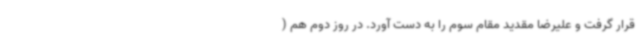
قرار گرفت و علیرضا مقدید مقام سوم را به دست آورد. در روز دوم هم (